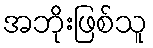
အဘိုးဖြစ်သူ